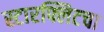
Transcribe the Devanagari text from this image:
स्टारफ्लिटचा